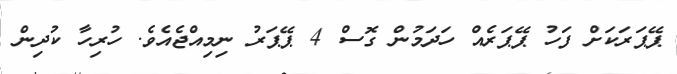
ޕޭޕަރަކަށް ފަހު ޕޭޕަރެއް ހަދަމުން ގޮސް 4 ޕޭޕަރު ނިމިއްޖެއެވެ. ހުރިހާ ކުދިން